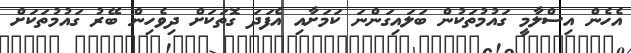
އެހެން އިސްލާމީ ގައުމުތަކުން ބަލައިގަންނަ ކަމަށާއި އެފަދަ ގޮތަކަށް ދިވެހިން ބޭރު ގައުމުތަކަށް